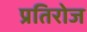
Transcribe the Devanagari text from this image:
प्रतिरोज